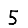
Digit: 5